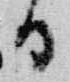
日